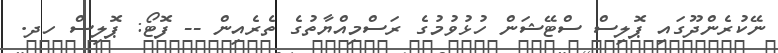
ނޭކުރެންދޫގައި ޕޮލިސް ސްޓޭޝަން ހުޅުވުމުގެ ރަސްމިއްޔާތުގެ ތެރެއިން -- ފޮޓޯ: ޕޮލިސް ހދ.